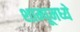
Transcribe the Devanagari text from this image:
शाम्पूमध्ये